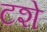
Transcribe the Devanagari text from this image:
टशे